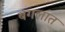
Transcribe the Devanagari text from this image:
बगलात